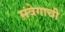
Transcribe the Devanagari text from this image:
संवेगाची